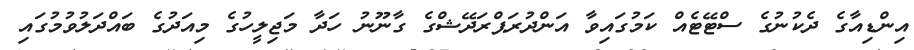
އިންޑިއާގެ ދެކުނުގެ ސްޓޭޓެއް ކަމުގައިވާ އަންދުރަޕްރަދޭޝްގެ ގާނޫނު ހަދާ މަޖިލީހުގެ މިއަދުގެ ބައްދަލުވުމުގައި